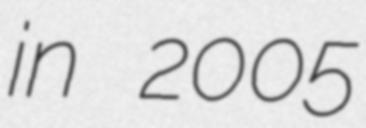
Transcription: in 2005